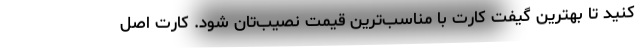
کنید تا بهترین گیفت کارت با مناسب‌ترین قیمت نصیب‌تان شود. کارت اصل